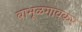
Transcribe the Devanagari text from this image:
बाभूळगावकर